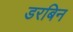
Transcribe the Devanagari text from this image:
डरबिन